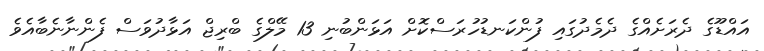
އައްޑޫގެ ދެރަށެއްގެ ދެމެދުގައި ފުންކަނޑުހުރަސްކޮށް އަޅަންބުނި 13 މޭލްގެ ބްރިޖް އަޅާދުވަސް ފެންނާނެބާއެވެ